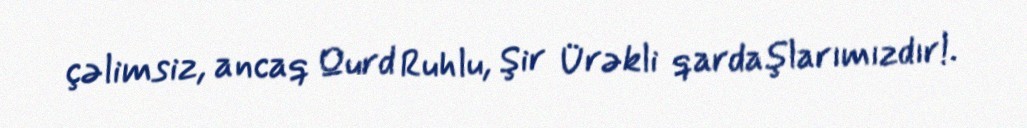
çəlimsiz, ancaq Qurd Ruhlu, Şir Ürəkli qardaşlarımızdır!.